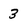
Character: 3